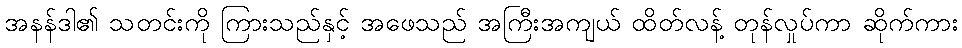
အနန်ဒါ၏ သတင်းကို ကြားသည်နှင့် အဖေသည် အကြီးအကျယ် ထိတ်လန့် တုန်လှုပ်ကာ ဆိုက်ကား